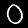
Digit: 0